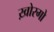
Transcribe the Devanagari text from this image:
ख़ोरगो